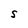
Character: S